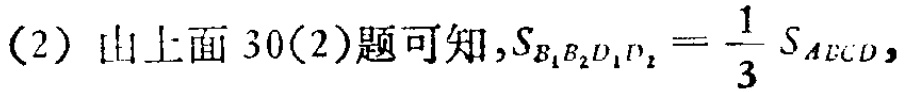
(2) 由上面 30(2)题可知,$S_{B_{1}B_{2}D_{1}D_{2}}=\frac{1}{3}S_{ABCD}$,